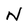
Character: N